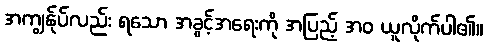
အကျွန်ုပ်လည်း ရသော အခွင့်အရေးကို အပြည့် အဝ ယူလိုက်ပါ၏။